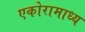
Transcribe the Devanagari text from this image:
एकोरामाध्य